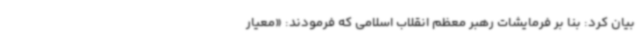
بیان کرد: بنا بر فرمایشات رهبر معظم انقلاب اسلامی که فرمودند: «معیار